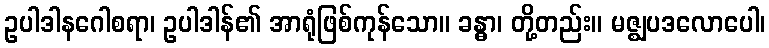
ဥပါဒါနဂေါစရာ၊ ဥပါဒါန်၏ အာရုံဖြစ်ကုန်သော။ ခန္ဓာ၊ တို့တည်း။ မဇ္ဈပဒလောပေါ၊